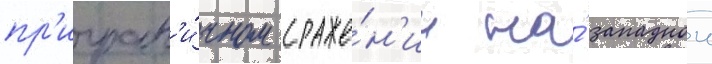
пр'игран'и́чном сраже́н'ии на́ западнои